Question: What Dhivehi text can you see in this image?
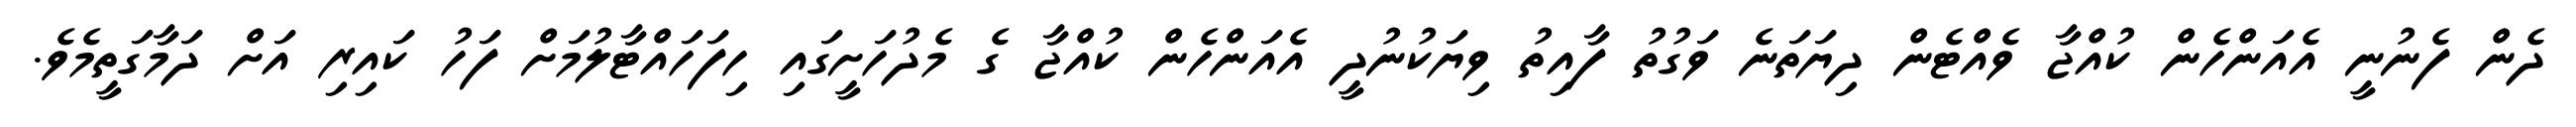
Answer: ދެން ފެނުނީ އެއަންހެން ކުއްޖާ ވެއްޓެން ދިޔަތަނެ ވަގުތު ފާއިތު ވިޔަކުނުދީ އެއަންހެން ކުއްޖާ ގެ މެދުހަށީގައި ހިފަހައްޓާލުމަށް ފަހު ކައިރި އަށް ދަމާގަތީމެވެ.